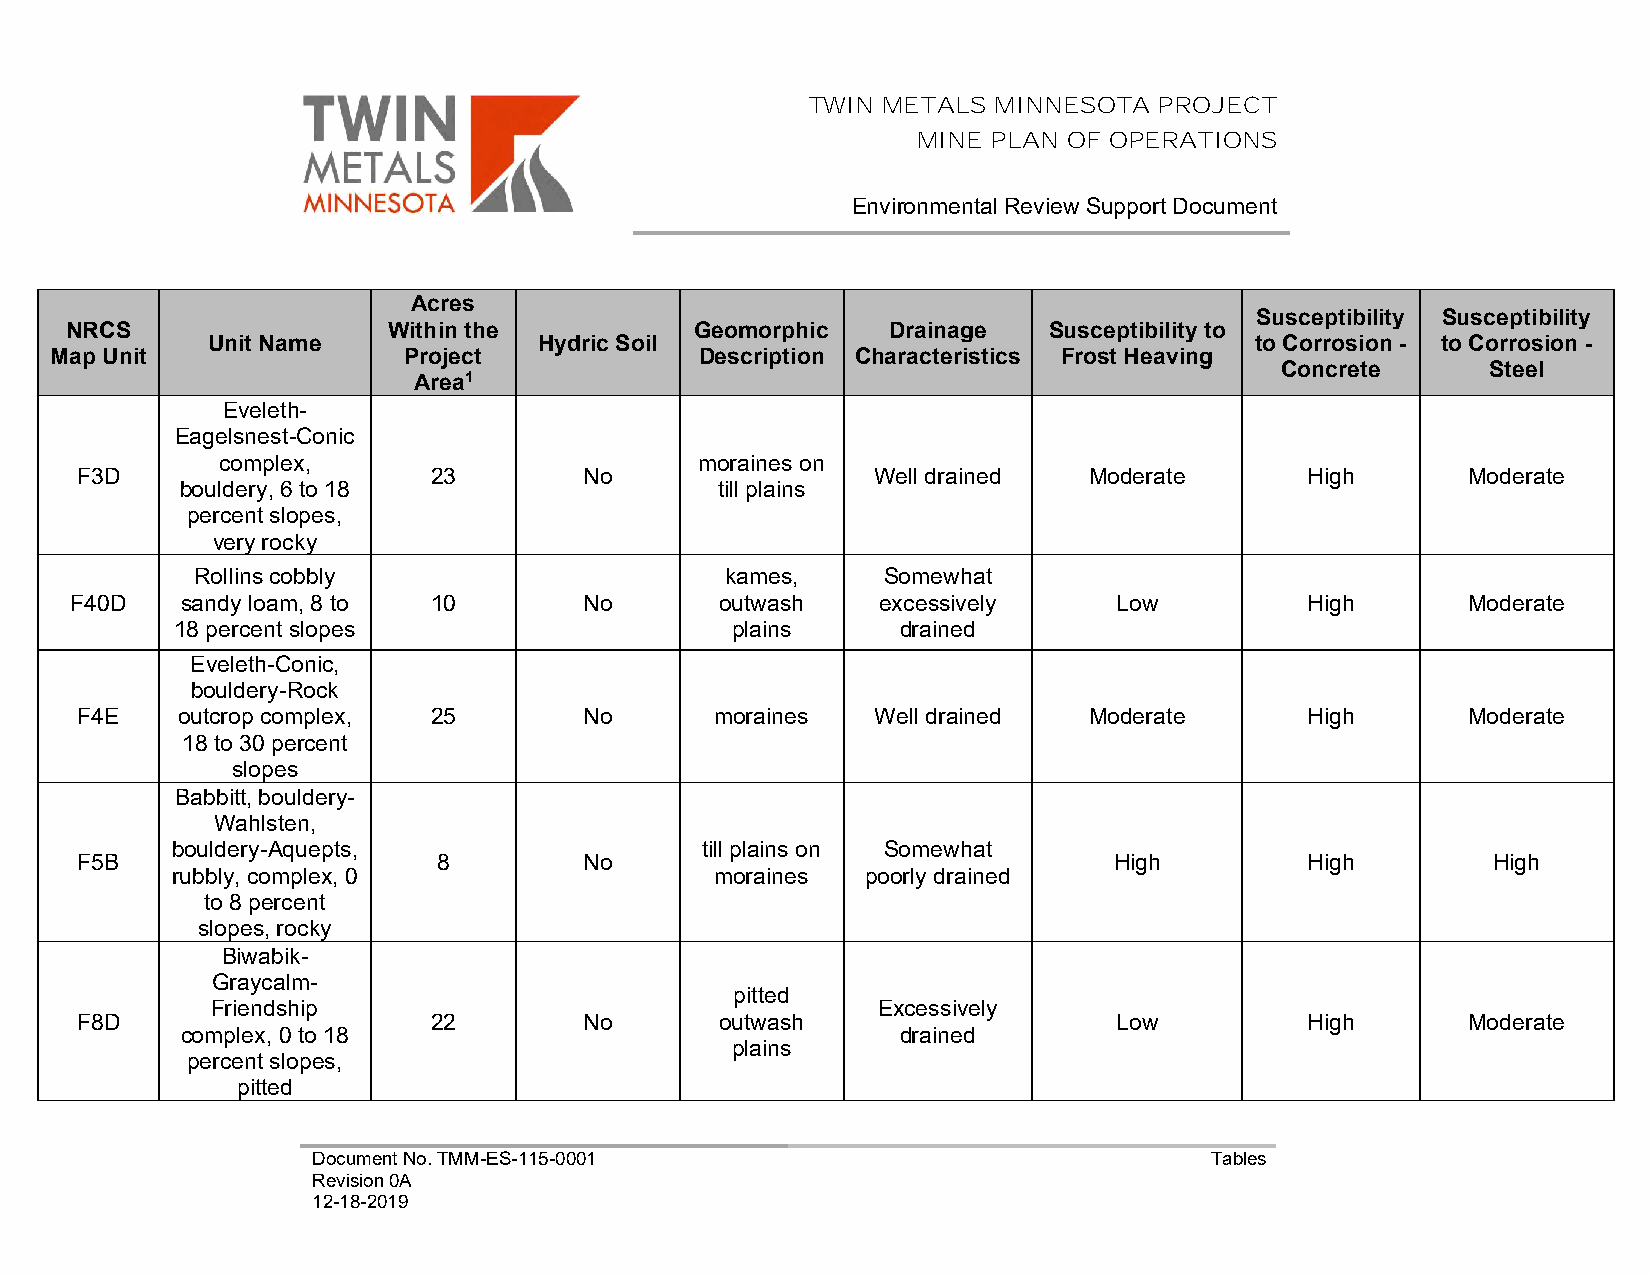
TWIN METALS  MINNESOTA  PROJECT
 MINE PLAN OF OPERATIONS
 Environmental Review Support Document
 Acres
 Susceptibility Susceptibility
 NRCS                  Within the          Geomorphic   Drainage  Susceptibility to
 Unit Name             Hydric Soil                                    to Corrosion - to Corrosion -
 Map Unit                Project            Description Characteristics Frost Heaving
 Concrete      Steel
 Area1
 Eveleth-
 Eagelsnest-Conic
 complex,                        moraines on
 F3D                    23         No                 Well drained  Moderate       High      Moderate
 bouldery, 6 to 18                  till plains
 percent slopes,
 very rocky
 Rollins cobbly                     kames,    Somewhat
 F40D   sandy loam, 8 to 10        No       outwash   excessively     Low          High      Moderate
 18 percent slopes                   plains      drained
 Eveleth-Conic,
 bouldery-Rock
 F4E    outcrop complex, 25        No      moraines   Well drained  Moderate       High      Moderate
 18 to 30 percent
 slopes
 Babbitt, bouldery-
 Wahlsten,
 bouldery-Aquepts,                  till plains on Somewhat
 F5B                     8         No                                 High         High        High
 rubbly, complex, 0                  moraines  poorly drained
 to 8 percent
 slopes, rocky
 Biwabik-
 Graycalm-
 pitted
 Friendship                                  Excessively
 F8D                    22         No       outwash                   Low          High      Moderate
 complex, 0 to 18                                drained
 plains
 percent slopes,
 pitted
 Document No. TMM-ES-115-0001                               Tables
 Revision 0A
 12-18-2019